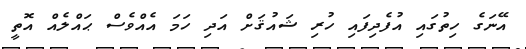
އޭނަގެ ހިތުގައި އުފެދިފައި ހުރި ޝައުޤަށް އަދި ހަމަ އެއްވެސް ޙައްލެއް އޮތީ